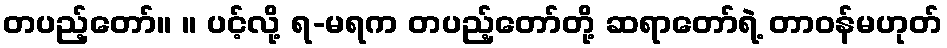
တပည့်တော်။ ။ ပင့်လို့ ရ-မရက တပည့်တော်တို့ ဆရာတော်ရဲ့ တာဝန်မဟုတ်